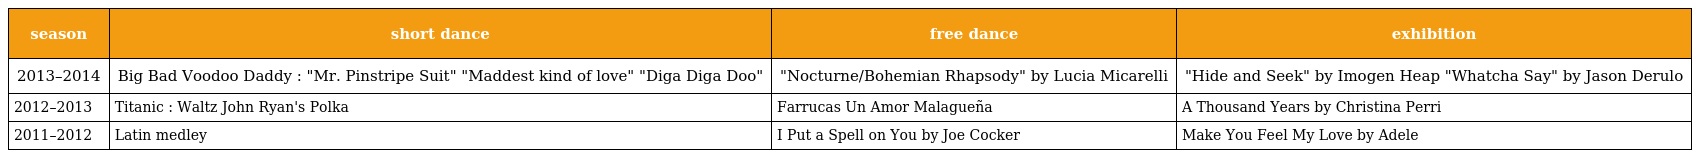
| season | short dance | free dance | exhibition |
 | --- | --- | --- | --- |
 | 2013–2014 | Big Bad Voodoo Daddy : "Mr. Pinstripe Suit" "Maddest kind of love" "Diga Diga Doo" | "Nocturne/Bohemian Rhapsody" by Lucia Micarelli | "Hide and Seek" by Imogen Heap "Whatcha Say" by Jason Derulo |
 | 2012–2013 | Titanic : Waltz John Ryan's Polka | Farrucas Un Amor Malagueña | A Thousand Years by Christina Perri |
 | 2011–2012 | Latin medley | I Put a Spell on You by Joe Cocker | Make You Feel My Love by Adele |